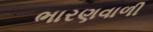
ભારણવાળી